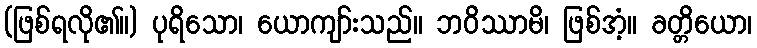
(ဖြစ်ရလို၏။) ပုရိသော၊ ယောကျာ်းသည်။ ဘဝိဿာမိ၊ ဖြစ်အံ့။ ခတ္တိယော၊